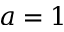
a = 1